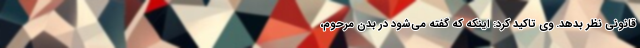
قانونی نظر بدهد. وی تاکید کرد: اینکه که گفته می‌شود در بدن مرحوم،